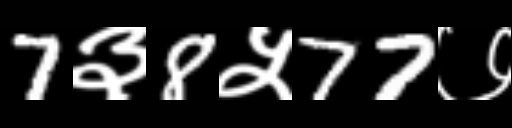
Text: 7३8५77७